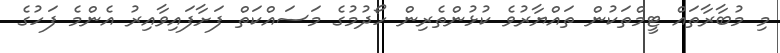
މި މުބާރާތައް ޓީމްތަކުން ތައްޔާރުވެ ކުޅުންތެރިން ހޯދުމުގެ މަސައްކަތް ފަށާފައިވާއިރު އެންމެ ފަހުގެ